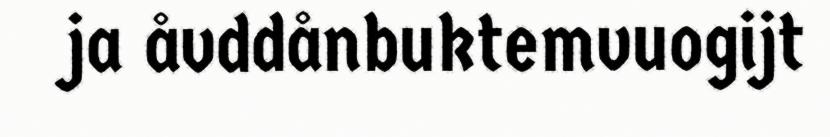
ja åvddånbuktemvuogijt